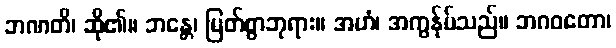
ဘဏတိ၊ ဆို၏။ ဘန္တေ၊ မြတ်စွာဘုရား။ အဟံ၊ အကွန်ုပ်သည်။ ဘဂဝတော၊